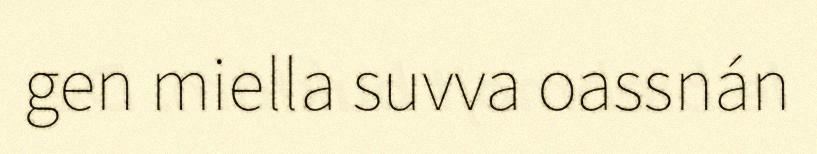
gen miella suvva oassnán